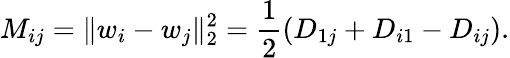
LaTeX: M_{ij}=\| w_{i}-w_{j}\| _{2}^{2}=\frac{1}{2}\left(D_{1j}+D_{i1}-D_{ij}\right).